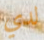
لدي